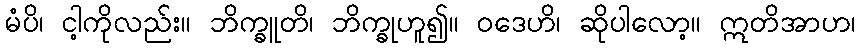
မံပိ၊ ငါ့ကိုလည်း။ ဘိက္ခူတိ၊ ဘိက္ခုဟူ၍။ ဝဒေဟိ၊ ဆိုပါလော့။ ဣတိအာဟ၊